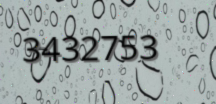
3432753